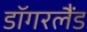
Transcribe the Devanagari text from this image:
डॉगरलैंड